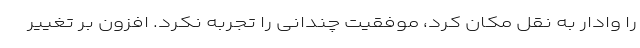
را وادار به نقل مکان کرد، موفقیت چندانی را تجربه نکرد. افزون بر تغییر